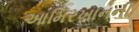
આમિરખાનની